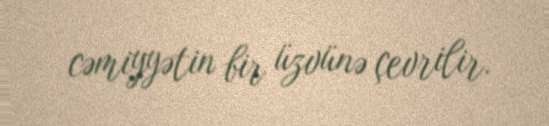
cəmiyyətin bir üzvünə çevrilir.